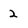
Character: 2